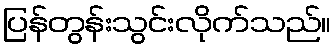
ပြန်တွန်းသွင်းလိုက်သည်။